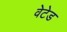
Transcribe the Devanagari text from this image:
वेटेड